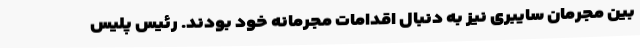
بین مجرمان سایبری نیز به دنبال اقدامات مجرمانه خود بودند. رئیس پلیس